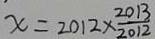
x = 2 0 1 2 \times \frac { 2 0 1 3 } { 2 0 1 2 }